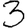
Digit: 3